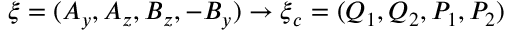
\boldsymbol { \xi } = ( A _ { y } , A _ { z } , B _ { z } , - B _ { y } ) \rightarrow \boldsymbol { \xi } _ { c } = ( Q _ { 1 } , Q _ { 2 } , P _ { 1 } , P _ { 2 } )